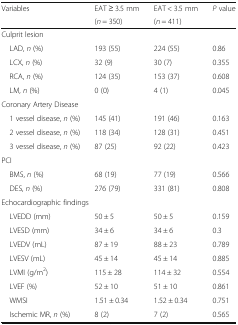
<table><thead><tr><td rowspan="2"><b>Variables</b></td><td><b>EAT ≥ 3.5 mm</b></td><td><b>EAT &lt; 3.5 mm</b></td><td rowspan="2"><b><i>P</i> value</b></td></tr><tr><td><b>(<i>n</i> = 350)</b></td><td><b>(<i>n</i> = 411)</b></td></tr></thead><tbody><tr><td colspan="4">Culprit lesion</td></tr><tr><td> LAD, <i>n</i> (%)</td><td>193 (55)</td><td>224 (55)</td><td>0.86</td></tr><tr><td> LCX, <i>n</i> (%)</td><td>32 (9)</td><td>30 (7)</td><td>0.355</td></tr><tr><td> RCA, <i>n</i> (%)</td><td>124 (35)</td><td>153 (37)</td><td>0.608</td></tr><tr><td> LM, <i>n</i> (%)</td><td>0 (0)</td><td>4 (1)</td><td>0.045</td></tr><tr><td colspan="4">Coronary Artery Disease</td></tr><tr><td> 1 vessel disease, <i>n</i> (%)</td><td>145 (41)</td><td>191 (46)</td><td>0.163</td></tr><tr><td> 2 vessel disease, <i>n</i> (%)</td><td>118 (34)</td><td>128 (31)</td><td>0.451</td></tr><tr><td> 3 vessel disease, <i>n</i> (%)</td><td>87 (25)</td><td>92 (22)</td><td>0.423</td></tr><tr><td colspan="4">PCI</td></tr><tr><td> BMS, <i>n</i> (%)</td><td>68 (19)</td><td>77 (19)</td><td>0.566</td></tr><tr><td> DES, <i>n</i> (%)</td><td>276 (79)</td><td>331 (81)</td><td>0.808</td></tr><tr><td colspan="4">Echocardiographic findings</td></tr><tr><td> LVEDD (mm)</td><td>50 ± 5</td><td>50 ± 5</td><td>0.159</td></tr><tr><td> LVESD (mm)</td><td>34 ± 6</td><td>34 ± 6</td><td>0.3</td></tr><tr><td> LVEDV (mL)</td><td>87 ± 19</td><td>88 ± 23</td><td>0.789</td></tr><tr><td> LVESV (mL)</td><td>45 ± 14</td><td>45 ± 14</td><td>0.885</td></tr><tr><td> LVMI (g/m<sup>2</sup>)</td><td>115 ± 28</td><td>114 ± 32</td><td>0.554</td></tr><tr><td> LVEF (%)</td><td>52 ± 10</td><td>51 ± 10</td><td>0.861</td></tr><tr><td> WMSI</td><td>1.51 ± 0.34</td><td>1.52 ± 0.34</td><td>0.751</td></tr><tr><td> Ischemic MR, <i>n</i> (%)</td><td>8 (2)</td><td>7 (2)</td><td>0.565</td></tr></tbody></table>